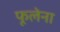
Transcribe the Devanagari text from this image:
फूलेना